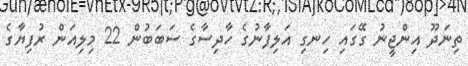
ތިނަދޫ އިންޖީނު ގޭގައި ހިނގި އަލިފާނުގެ ހާދިސާގެ ސަބަބުން 22 މިލިއަން ރުފިޔާގެ